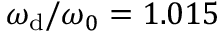
\omega _ { \mathrm { d } } / \omega _ { 0 } = 1 . 0 1 5